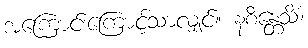
အကြောင်းကြောင့်သာလျှင်။ နစိန္တေသိံ၊